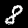
Digit: 8